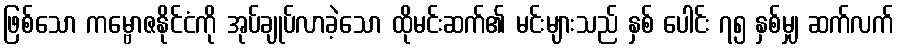
ဖြစ်သော ကမ္ဗောဇနိုင်ငံကို အုပ်ချုပ်လာခဲ့သော ထိုမင်းဆက်၏ မင်းများသည် နှစ် ပေါင်း ၇၅ နှစ်မျှ ဆက်လက်